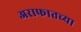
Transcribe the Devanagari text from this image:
अराफातच्या